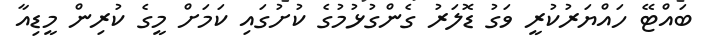
ބައްޓޭ ހައްޔަރުކުރީ ވަގު ޑޮލަރު ގެންގުޅުމުގެ ކުށުގައި ކަމަށް މީގެ ކުރިން މީޑިއާ